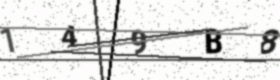
Text: 149B8